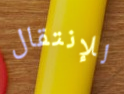
للإنتقال